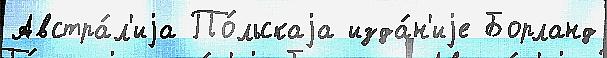
Австра́л'иjа По́льскаjа изда́н'иjе Борланд